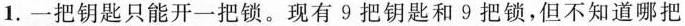
1.一把钥匙只能开一把锁。现有9把钥匙和9把锁，但不知道哪把